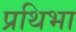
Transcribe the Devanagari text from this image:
प्रथिभा